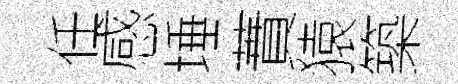
任感埵蕡猿築